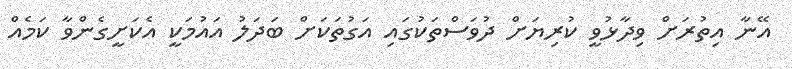
އޭނާ އިތުރަށް ވިދާޅުވީ ކުރިޔަށް ދުވަސްތަކުގައި އަގުތަކަށް ބަދަލު އައުމަކީ އެކަށީގެންވާ ކަމެއް